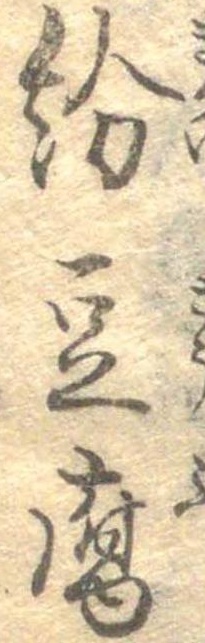
紛豆腐